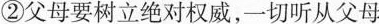
②父母要树立绝对权威,一切听从父母